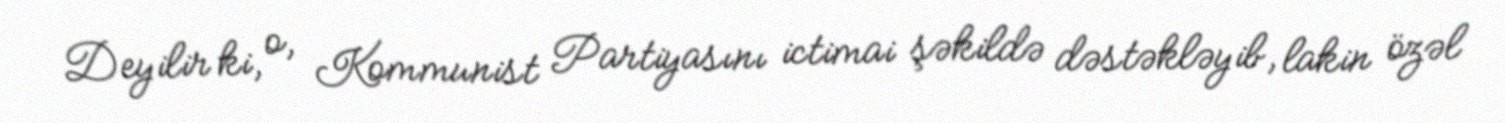
Deyilir ki, o, Kommunist Partiyasını ictimai şəkildə dəstəkləyib, lakin özəl